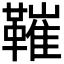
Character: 𩌩